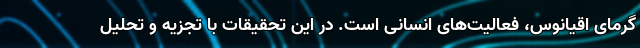
گرمای اقیانوس، فعالیت‌های انسانی است. در این تحقیقات با تجزیه و تحلیل